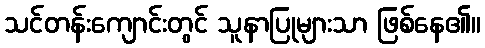
သင်တန်းကျောင်းတွင် သူနာပြုများသာ ဖြစ်နေ၏။